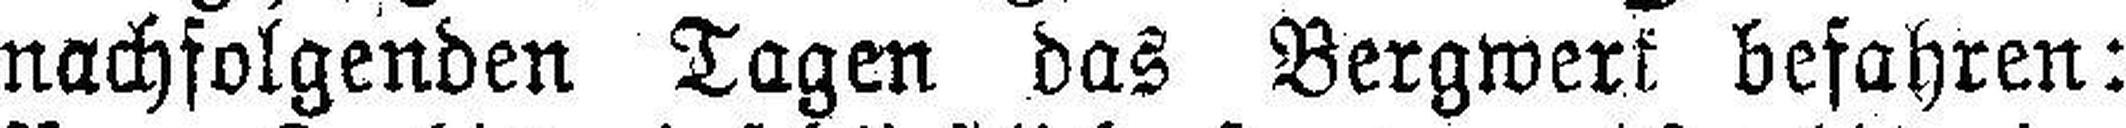
nachfolgenden Tagen das Bergwerk befahren: